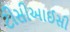
ટીસીઆઈસી